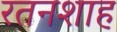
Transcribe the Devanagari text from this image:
रतनशाह